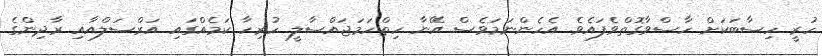
ހުރީ ހިސާބަކަށް ހާސްވާގޮތްވެފައެވެ. އެހެންނަމަވެސް އޭނާ ހިތްހަމަޖައްސާލީ ހުރިހާ ކަމެއްގައި އަރްސަލްއާއި ރާދިންގެ